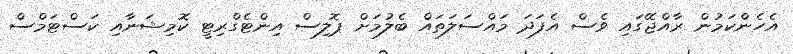
އެހެންކަމުން ރާއްޖޭގައި ވެސް އެފަދަ މައްސަލަތައް ބެލުމަށް ޕޮލިސް އިންޓެގްރިޓީ ކޮމިޝަނާއި ކަސްޓަމްސް